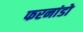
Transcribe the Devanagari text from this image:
फरनांडो